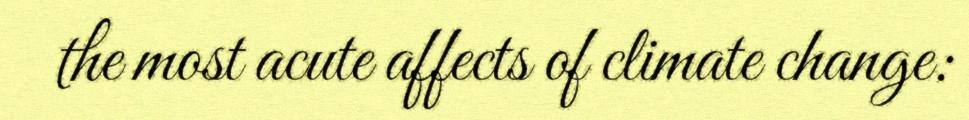
the most acute affects of climate change: